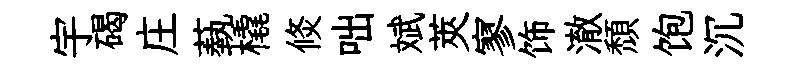
宇碣庄蓺橇倐咄斌莢寥饰澈頽饱沉